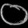
Digit: ၀